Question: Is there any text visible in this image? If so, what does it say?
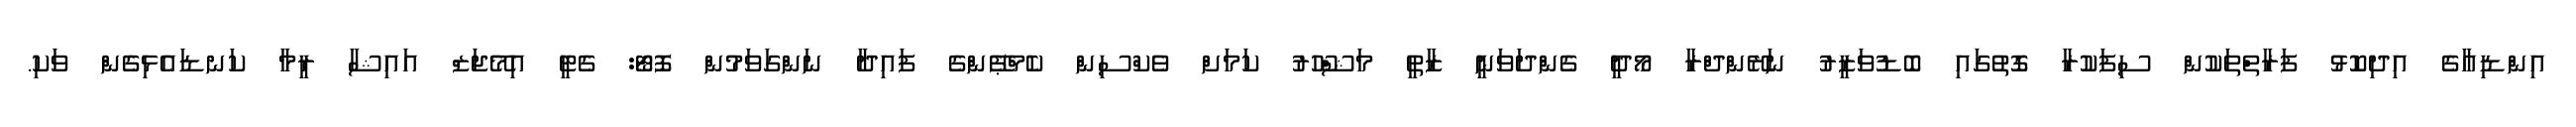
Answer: އިންޑިއާގެ އިދިކޮޅު ފަރާތްތަކުން ސިފަކުރާ ގޮތުގައި ބޮޑުވަޒީރު ނަރޭންދްރާ މޯދީ ގެންދަވަނީ ޒާތީ މަޝްހޫރު ކަމަށް ވެކްސިން ކެމްޕޭންގެ ފައިދާ ނަންގަވަމުން ފޮޓޯ: ގެޓީ އިމޭޖަޒް އައިޝާ ރީމާ ކަނޑައެޅިގެން ވަކި.